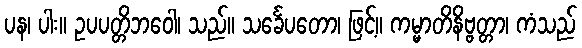
ပန၊ ပါး။ ဥပပတ္တိဘဝေါ၊ သည်။ သင်္ခေပတော၊ ဖြင့်။ ကမ္မာတိနိဗ္ဗတ္တာ၊ ကံသည်